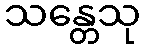
သန္တေသု